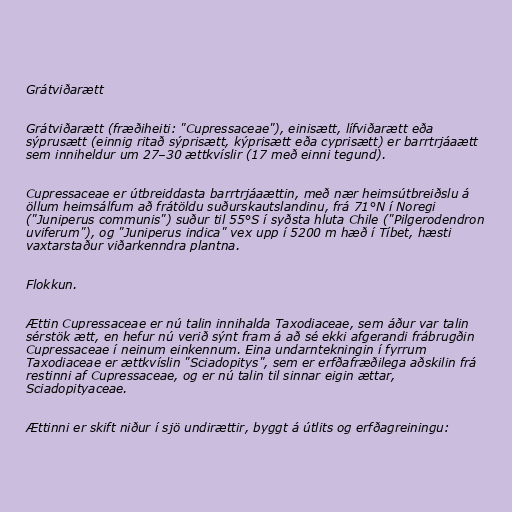
Grátviðarætt

Grátviðarætt (fræðiheiti: "Cupressaceae"), einisætt, lífviðarætt eða
sýprusætt (einnig ritað sýprisætt, kýprisætt eða cyprisætt) er barrtrjáaætt
sem inniheldur um 27–30 ættkvíslir (17 með einni tegund).

Cupressaceae er útbreiddasta barrtrjáaættin, með nær heimsútbreiðslu á
öllum heimsálfum að frátöldu suðurskautslandinu, frá 71°N í Noregi
("Juniperus communis") suður til 55°S í syðsta hluta Chile ("Pilgerodendron
uviferum"), og "Juniperus indica" vex upp í 5200 m hæð í Tíbet, hæsti
vaxtarstaður viðarkenndra plantna.

Flokkun.

Ættin Cupressaceae er nú talin innihalda Taxodiaceae, sem áður var talin
sérstök ætt, en hefur nú verið sýnt fram á að sé ekki afgerandi frábrugðin
Cupressaceae í neinum einkennum. Eina undarntekningin í fyrrum
Taxodiaceae er ættkvíslin "Sciadopitys", sem er erfðafræðilega aðskilin frá
restinni af Cupressaceae, og er nú talin til sinnar eigin ættar,
Sciadopityaceae.

Ættinni er skift niður í sjö undirættir, byggt á útlits og erfðagreiningu: